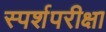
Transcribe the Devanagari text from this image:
स्पर्शपरीक्षा